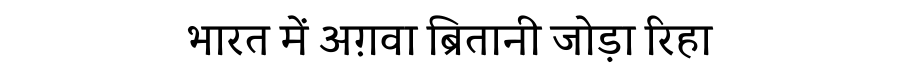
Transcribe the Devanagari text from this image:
भारत में अग़वा ब्रितानी जोड़ा रिहा